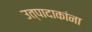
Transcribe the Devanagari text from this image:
उत्पादाकांना